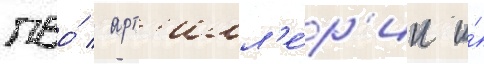
пво́ / арт'илл'е́р'ии и́